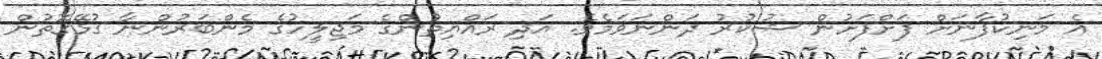
އެ މަނިކުފާނަށް ފަށްފަށުން ޝުކުރު ދަންނަވަމެވެ. އަދި ރައްޔިތުންގެ މަޖިލީހުގެ މެންބަރުންނާ ގުޅޭގޮތުން